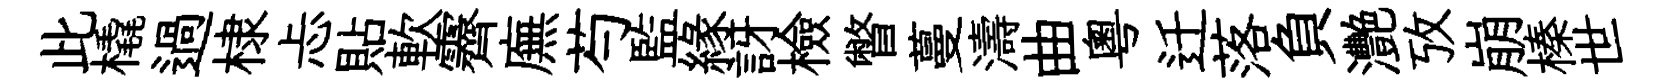
此橇過棣忐貼軟霽廡芍監緣訝檢瞥蔓濤曲粤迁落負灧攷崩榛世